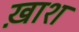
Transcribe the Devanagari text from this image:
ख़ाश